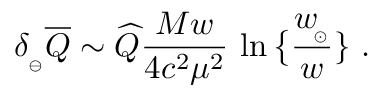
\delta _ { _ \ominus } \overline { { Q } } \sim \widehat Q { \frac { M w } { 4 c ^ { 2 } \mu ^ { 2 } } } \, \ln \big \{ { \frac { w _ { \! _ { \odot } } } { w } } \} \ .